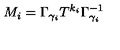
M _ { i } = \Gamma _ { \gamma _ { i } } T ^ { k _ { i } } \Gamma _ { \gamma _ { i } } ^ { - 1 }